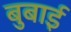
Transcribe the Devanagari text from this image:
बुबाई